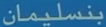
بنسليمان